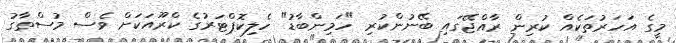
މީގެ އަހަރުތަކެއް ކުރިން ރާއްޖޭގައި ބޭނުންކުރި "ހަމިންބާޑު" ހެލިކޮޕްޓަރުގެ ކްރޫއަކަށް ވެސް މުސްތާގު